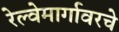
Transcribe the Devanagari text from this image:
रेल्वेमार्गावरचे